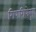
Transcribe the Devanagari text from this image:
गिणगिणेबुवा